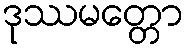
ဒုဿမတ္တော